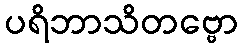
ပရိဘာသိတဗ္ဗော